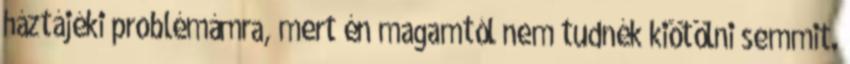
háztájéki problémámra, mert én magamtól nem tudnék kiötölni semmit.